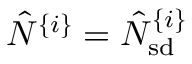
\hat { N } ^ { \{ i \} } = \hat { N } _ { \mathrm { s d } } ^ { \{ i \} }